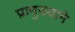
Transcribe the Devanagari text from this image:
प्रामुख्यामे